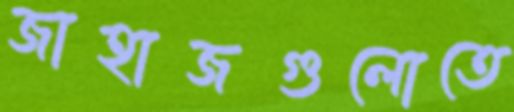
জাহাজগুলোতে